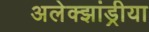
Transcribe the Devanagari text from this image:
अलेक्झांड्रीया